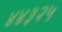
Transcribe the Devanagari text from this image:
४४३२५